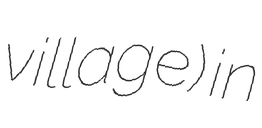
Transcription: village) in